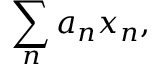
\sum _ { n } a _ { n } x _ { n } ,